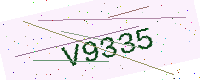
Text: V9335